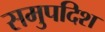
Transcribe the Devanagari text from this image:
समुपदिश